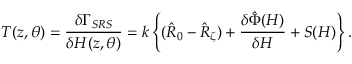
{ \cal T } ( z , \theta ) = \frac { \delta \Gamma _ { S R S } } { \delta H ( z , \theta ) } = k \left\{ ( \hat { R } _ { 0 } - \hat { R } _ { \zeta } ) + \frac { \delta \hat { \Phi } ( H ) } { \delta H } + S ( H ) \right\} .